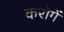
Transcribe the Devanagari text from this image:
करोगें